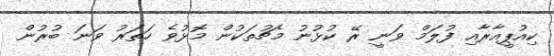
ކިއުޕީއާރާއި ފުލަމް ވަނީ ރޭ ކުޅުނު މެޗުތަކުން މޮޅުވެ ހަތަރު ވަނަ ބުރުން